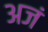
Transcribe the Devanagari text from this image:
अजं